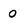
Character: 0